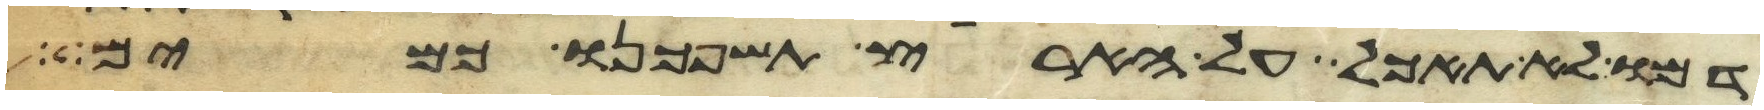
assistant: דמו לא תאכל על הארץ תשפכנו כמים